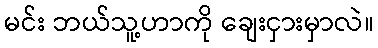
မင်း ဘယ်သူ့ဟာကို ချေးငှားမှာလဲ။